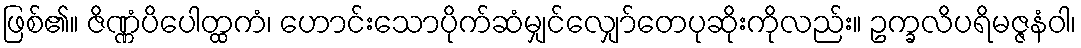
ဖြစ်၏။ ဇိဏ္ဏံပိပေါတ္ထကံ၊ ဟောင်းသောပိုက်ဆံမျှင်လျှော်တေပုဆိုးကိုလည်း။ ဥက္ခလိပရိမဇ္ဇနံဝါ၊